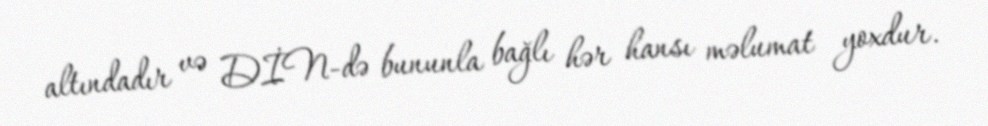
altındadır və DİN-də bununla bağlı hər hansı məlumat yoxdur.